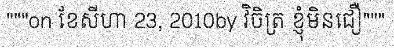
"""on ខែសីហា 23, 2010by វិចិត្រ ខ្ញុំមិនជឿ"""